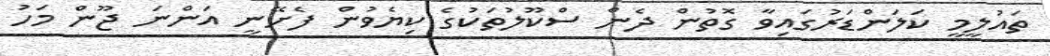
ތައުލީމީ ކަލަންޑަރުގައިވާ ގޮތުން ދެން ސްކޫލުތަކުގެ ކިޔެވުން ފެށޭނީ އަންނަ ޖޫން މަހު